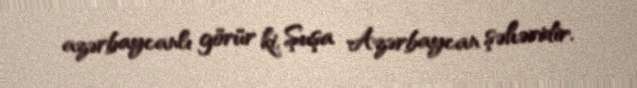
azərbaycanlı görür ki, Şuşa Azərbaycan şəhəridir.